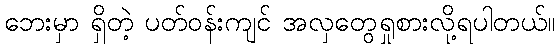
ဘေးမှာ ရှိတဲ့ ပတ်ဝန်းကျင် အလှတွေရှုစားလို့ရပါတယ်။